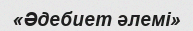
«Әдебиет әлемі»